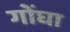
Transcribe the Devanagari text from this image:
गोंघा